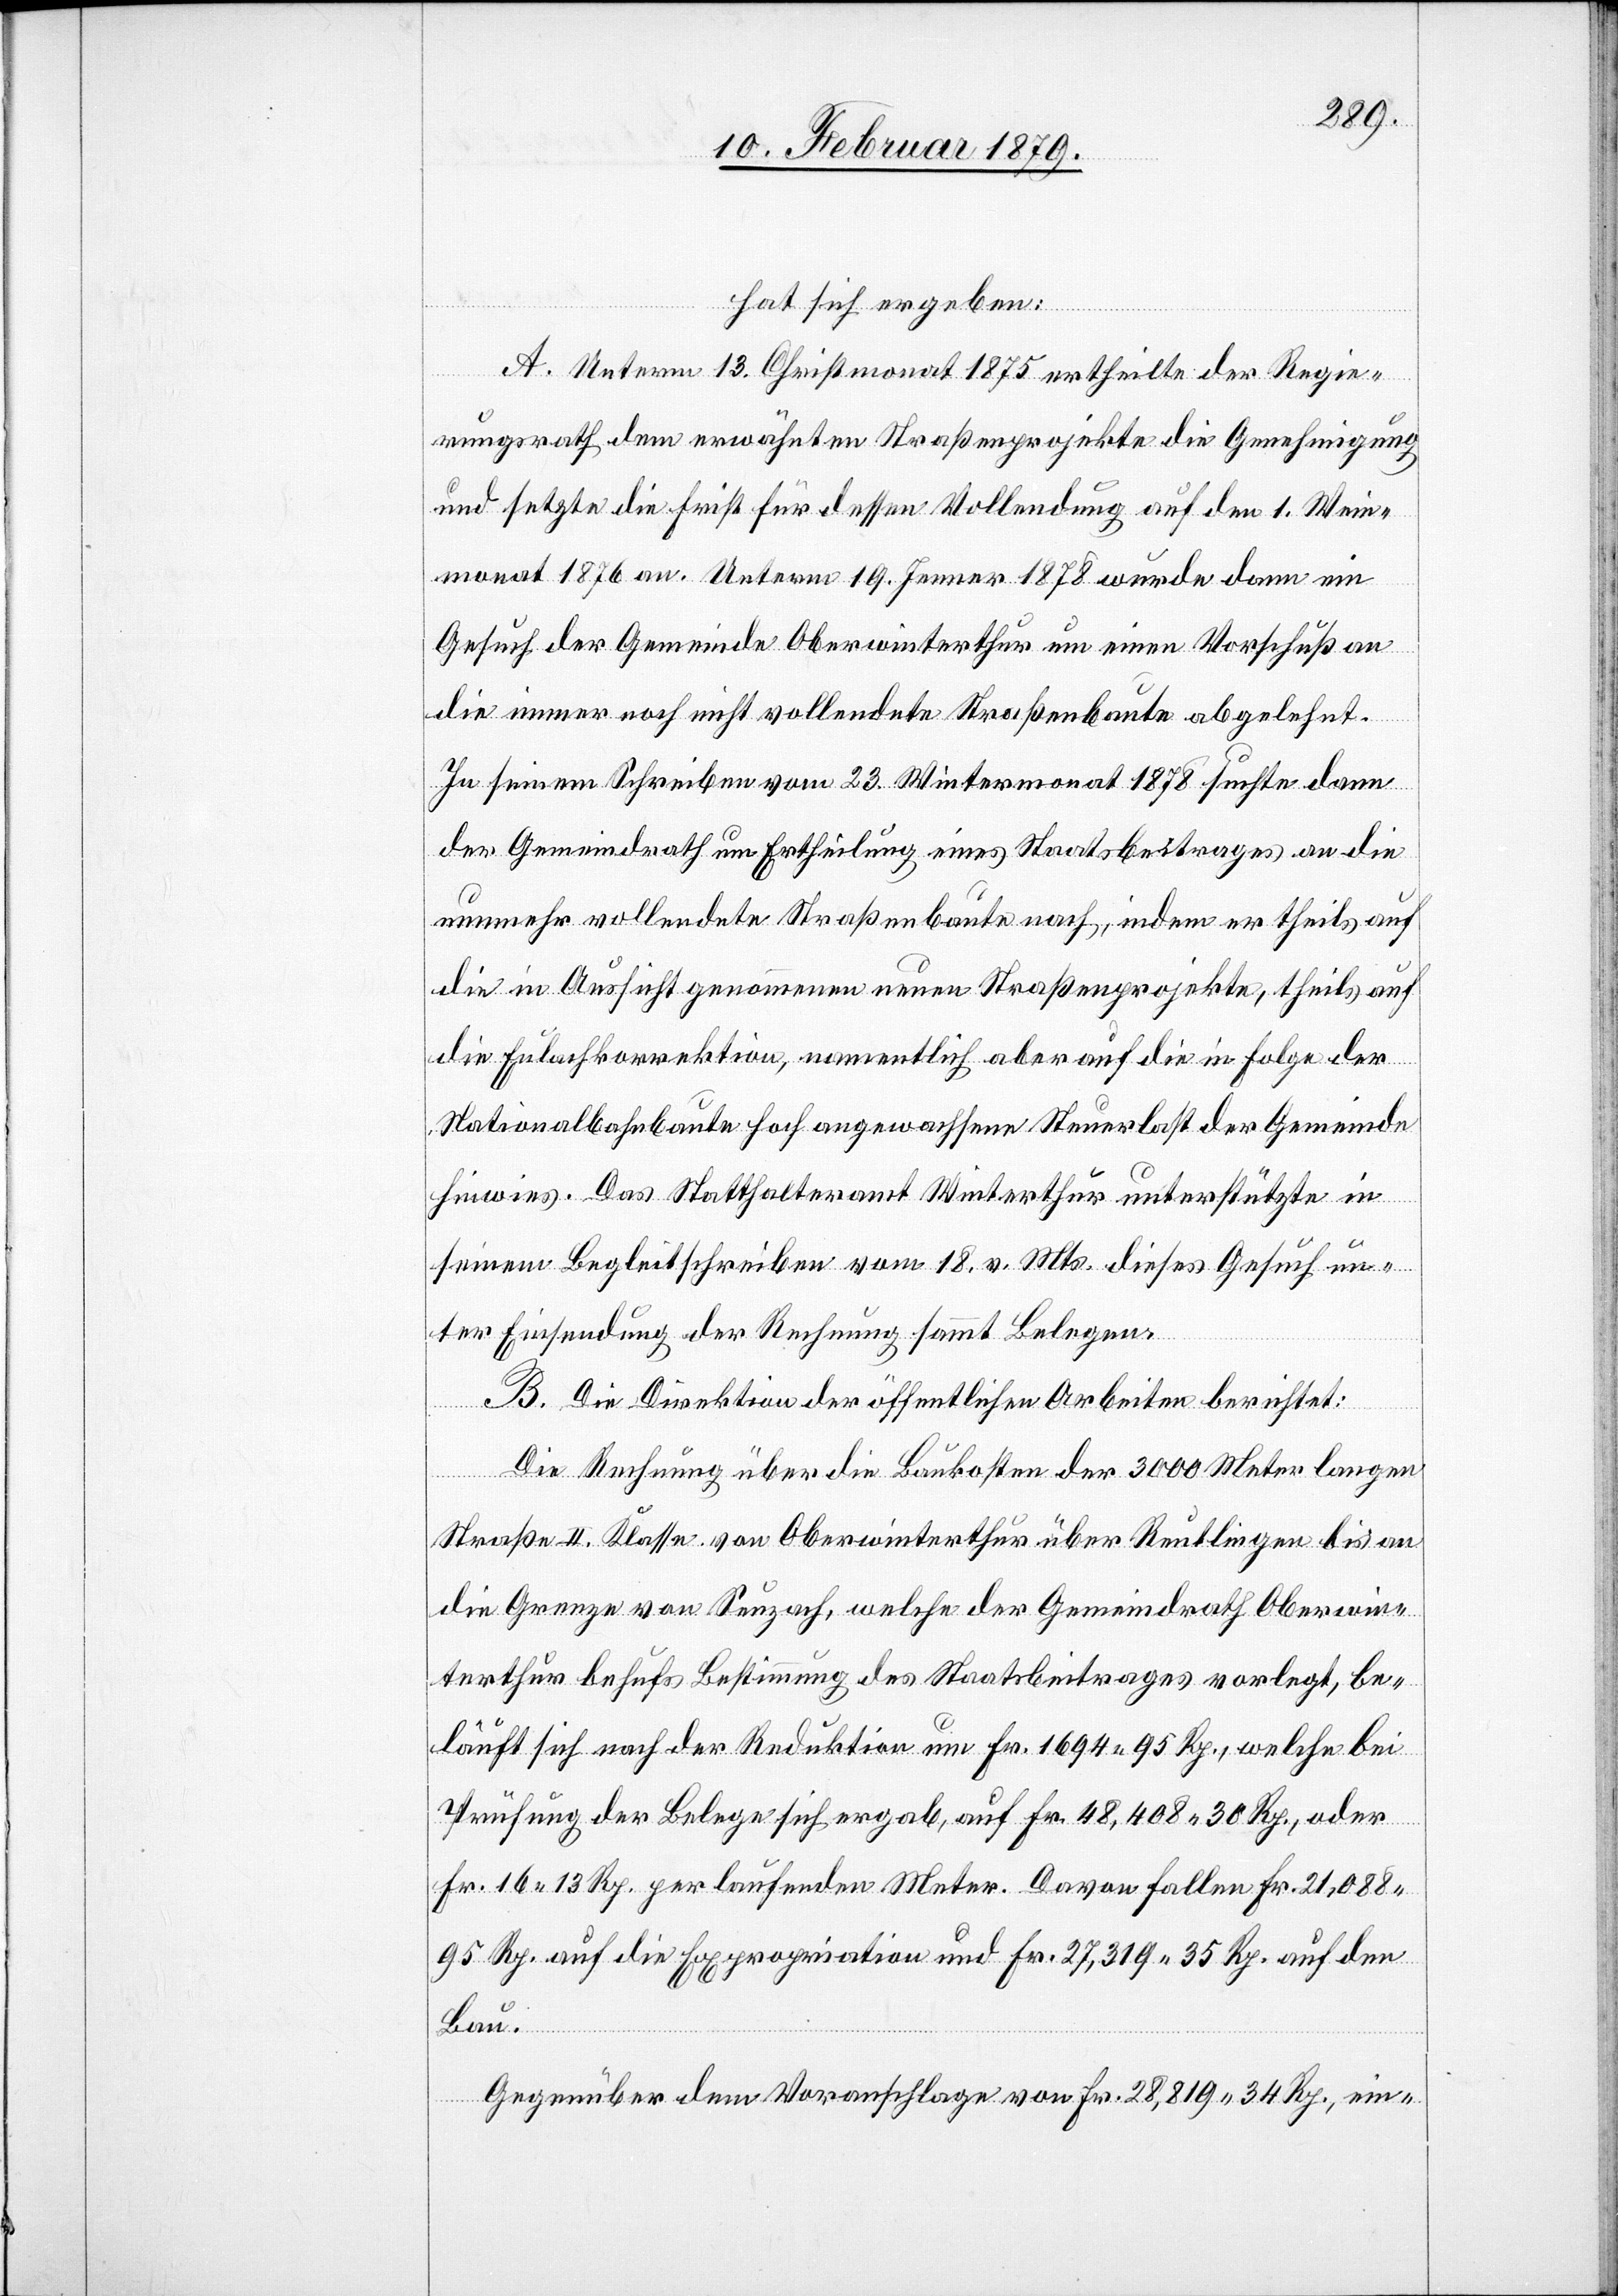
hat sich ergeben:
ter¬
A. Unterm 13. Christmonat 1875 ertheilte der Regie¬
rungsrath dem erwähnten Straßenprojekte die Genehmigung
und setzte die Frist für dessen Vollendung auf den 1. Win¬
monat 1876 an. Unterm 19. Jenner 1878 wurde dann ein
Gesuch der Gemeinde Oberwinterthur um einen Vorschuß an
die immer noch nicht vollendete Straßenbaute abgelehnt.
In seinem Schreiben vom 23. Wintermonat 1878 suchte dann
der Gemeindrath um Ertheilung eines Staatsbeitrages an die
nunmehr vollendete Straßenbaute nach, indem er theils auf
die in Aussicht genommenen neuen Straßenprojekte, theils auf
die Eulachkorrektion, namentlich aber auf die in Folge der
Nationalbahnbaute hoch angewachsene Steuerlast der Gemeinde
hinwies. Das Statthalteramt Winterthur unterstützte in
seinem Begleitschreiben vom 18. v. Mts. dieses Gesuch un¬
ter Einsendung der Rechnung sammt Belegen.
B. Die Direktion der öffentlichen Arbeiten berichtet:
Die Rechnung über die Baukosten der 3000 Meter langen
Straße II. Klasse von Oberwinterthur über Reutlingen bis an
die Grenze von Seuzach, welche der Gemeindrath Oberwin¬
terthur behufs Bestimmung des Staatsbeitrages vorlegt, be¬
läuft sich nach der Reduktion um Fr. 1694 95 Rp., welche bei
Prüfung der Belege sich ergab, auf Fr. 48,408 30 Rp., oder
Fr. 16 13 Rp. per laufenden Meter. Davon fallen Fr. 21,088
95 Rp. auf die Expropriation und Fr. 27,319 35 Rp. auf den
Bau.
Gegenüber dem Voranschlage von Fr. 28,819 34 Rp., ein-